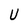
Character: U